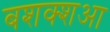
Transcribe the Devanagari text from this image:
बशक्शआ